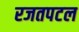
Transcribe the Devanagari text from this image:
रजतपटल